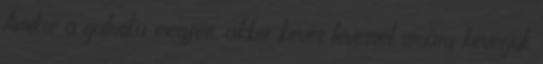
Amikor a galuska megfőtt, akkor kevés levessel simára keverjük